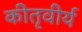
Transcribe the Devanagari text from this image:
कीतृवीर्य